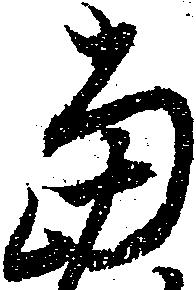
当